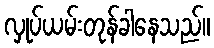
လှုပ်ယမ်းတုန်ခါနေသည်။